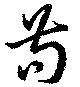
苟